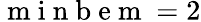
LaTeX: \mathrm{~m~i~n~b~e~m~}=2